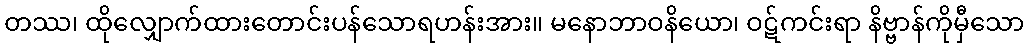
တဿ၊ ထိုလျှောက်ထားတောင်းပန်သောရဟန်းအား။ မနောဘာဝနိယော၊ ဝဋ်ကင်းရာ နိဗ္ဗာန်ကိုမှီသော